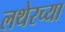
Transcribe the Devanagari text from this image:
लथेरच्या